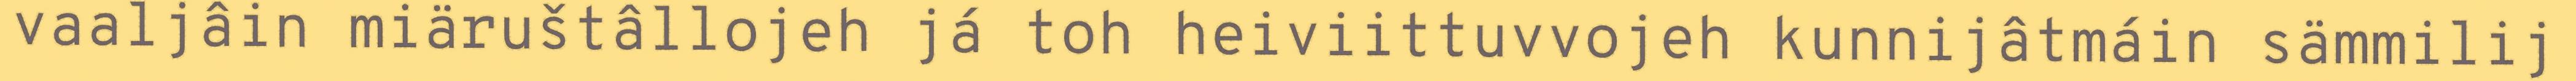
vaaljâin miäruštâllojeh já toh heiviittuvvojeh kunnijâtmáin sämmilij